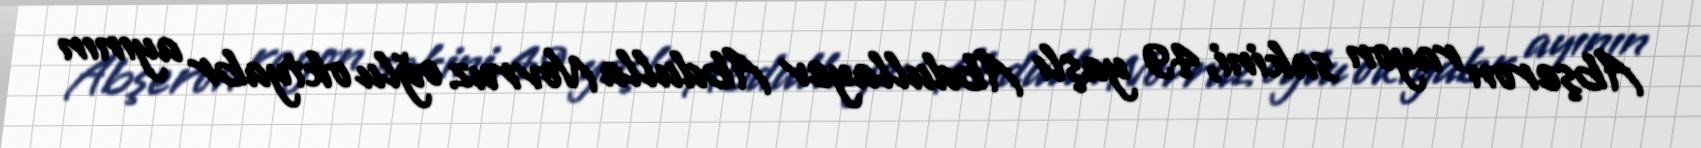
Abşeron rayon sakini, 49 yaşlı Abdullayev Abdulla Novruz oğlu oktyabr ayının